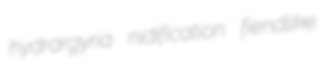
hydrargyria nidification fiendlike